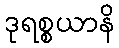
ဒုရစ္စယာနိ